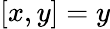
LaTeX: \left[x,y\right]=y